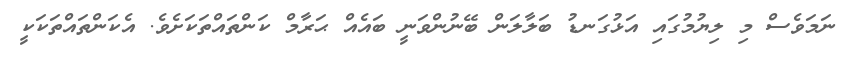
ނަމަވެސް މި ލިޔުމުގައި އަޅުގަނޑު ބަލާލަން ބޭނުންވަނީ ބައެއް ޙަރާމް ކަންތައްތަކަށެވެ. އެކަންތައްތަކަކީ